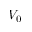
V _ { 0 }